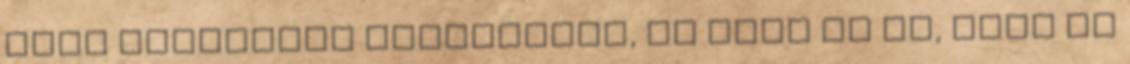
csak kényelmes elhelyezés, de arra is jó, hogy az